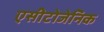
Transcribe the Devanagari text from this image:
एसीटोजेनिक